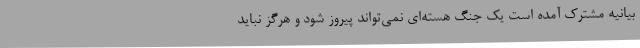
بیانیه مشترک آمده است یک جنگ هسته‌ای نمی‌تواند پیروز شود و هرگز نباید